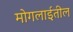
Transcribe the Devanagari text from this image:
मोगलाईतील